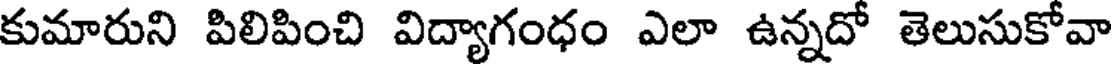
కుమారుని పిలిపించి విద్యాగంధం ఎలా ఉన్నదో తెలుసుకోవా